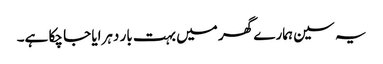
یہ سین ہمارے گھر میں بہت بار دہرایا جا چکا ہے۔